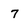
Character: 7